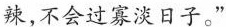
辣,不会过寡淡日子。”